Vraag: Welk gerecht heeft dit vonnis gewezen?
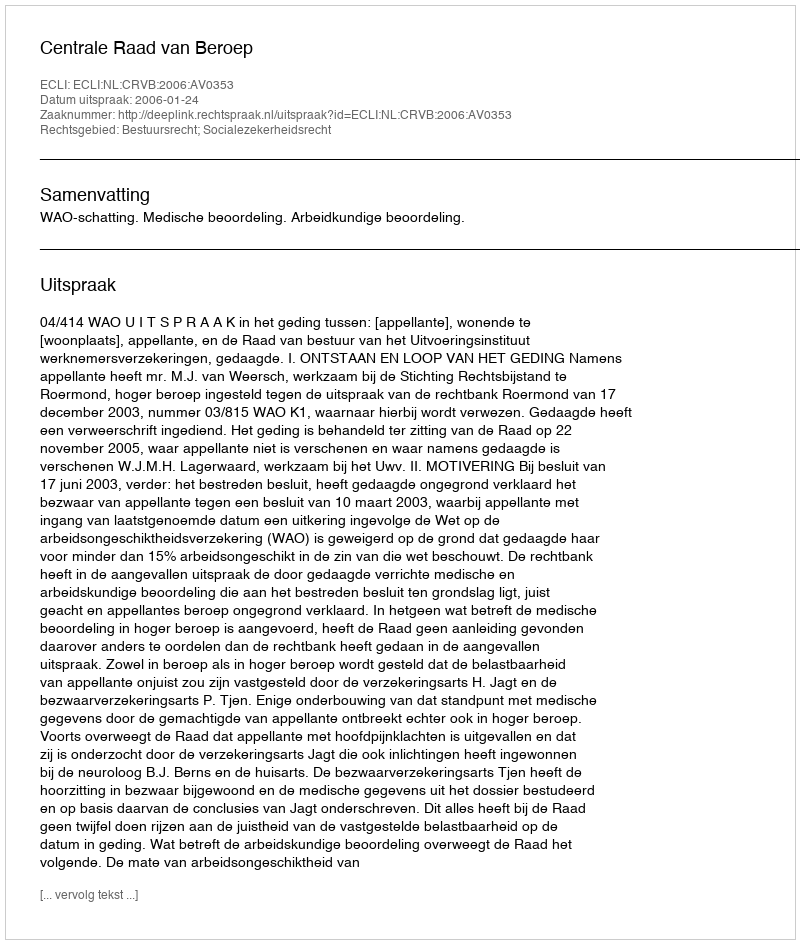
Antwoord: Centrale Raad van Beroep